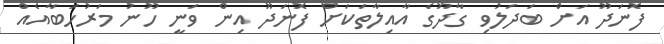
ފޮނަދޫ އަށް ބަދަލުވި ގާދޫގެ އާއިލާތަކަށް ފޮނަދޫ އިން ވަނީ ހޫނު މަރުހަބާއެއް